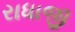
રાધાજી